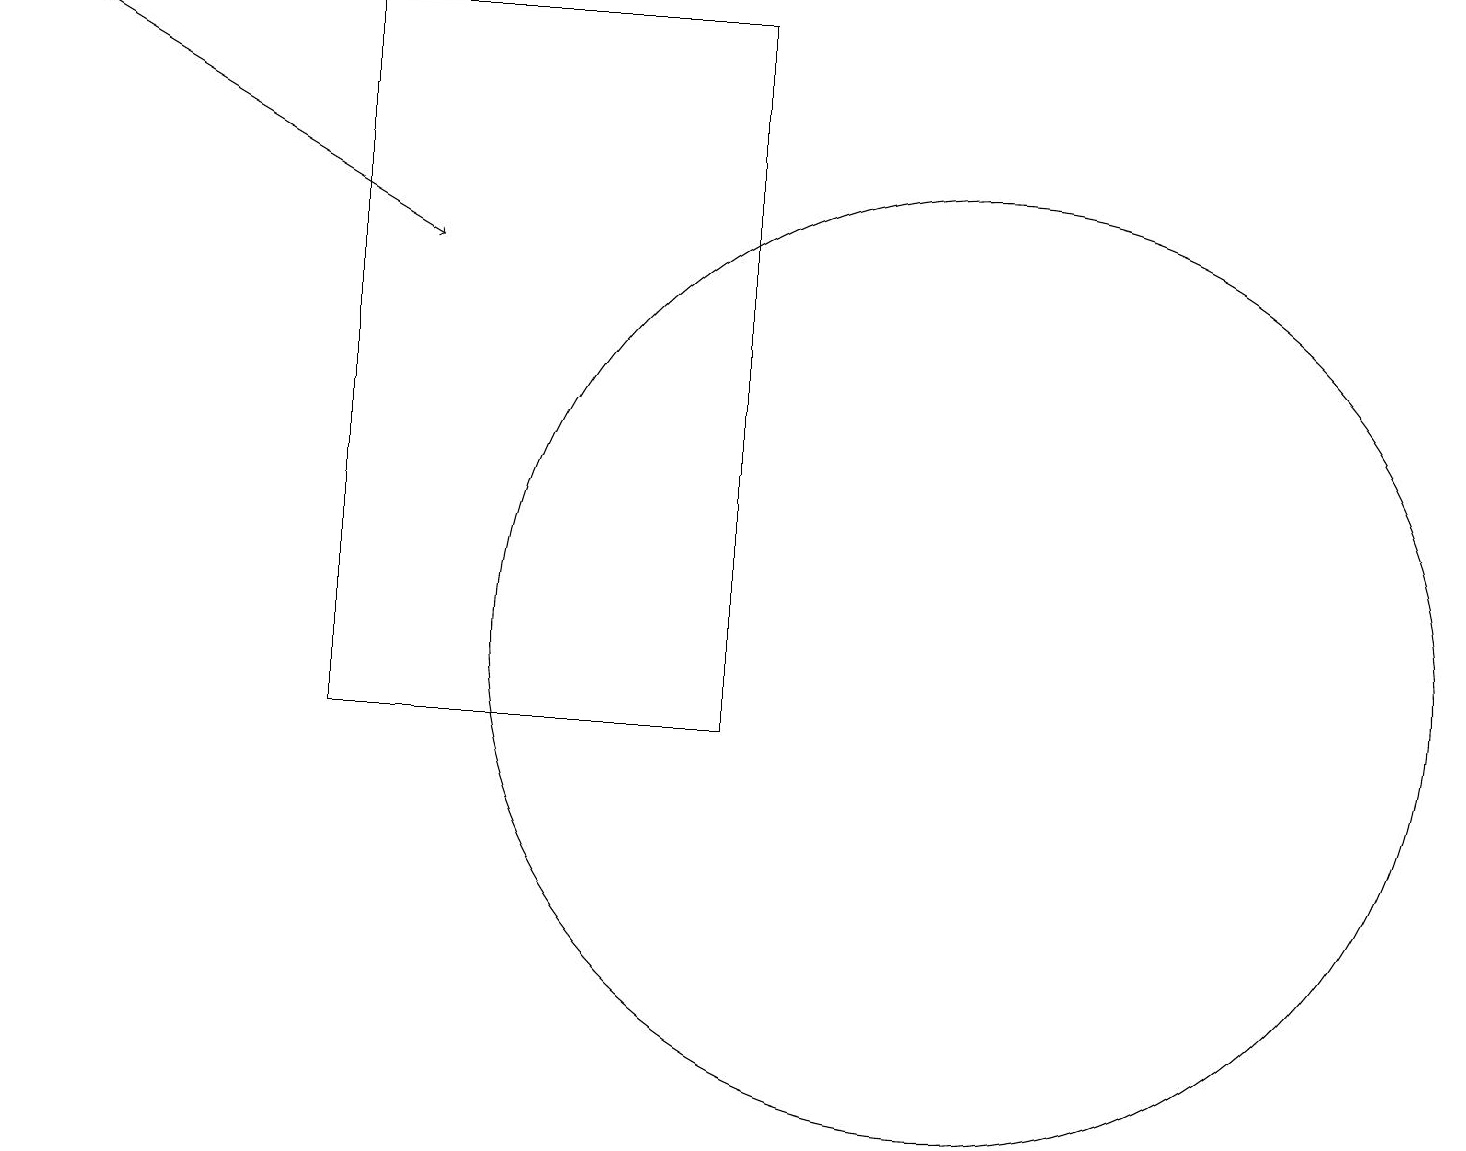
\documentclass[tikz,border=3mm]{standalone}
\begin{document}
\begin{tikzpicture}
\draw[->] (0,19) -- (5,16);
\draw (12,11) circle (6);
\draw (4,19) rectangle (9,10);
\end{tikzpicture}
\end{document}